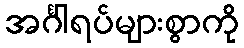
အင်္ဂါရပ်များစွာကို